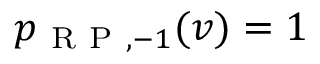
p _ { \mathrm { ~ R ~ P ~ } , - 1 } ( v ) = 1